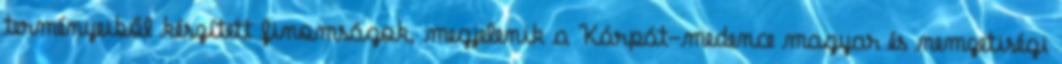
terményeiből készített finomságok, megjelenik a Kárpát-medence magyar és nemzetiségi